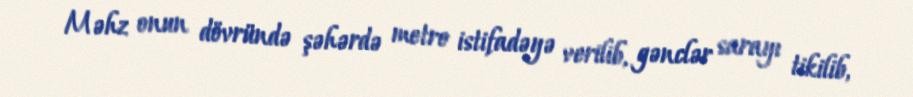
Məhz onun dövründə şəhərdə metro istifadəyə verilib, gənclər sarayı tikilib,